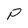
Character: P